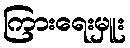
ကြားရေးမှူး